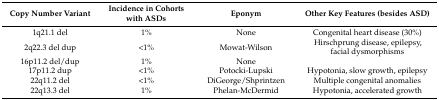
<table><thead><tr><td><b>Copy Number Variant</b></td><td><b>Incidence in Cohorts with ASDs</b></td><td><b>Eponym</b></td><td><b>Other Key Features (besides ASD)</b></td></tr></thead><tbody><tr><td>1q21.1 del</td><td>1%</td><td>None</td><td>Congenital heart disease (30%)</td></tr><tr><td>2q22.3 del dup</td><td>&lt;1%</td><td>Mowat-Wilson</td><td>Hirschprung disease, epilepsy, facial dysmorphisms</td></tr><tr><td>16p11.2 del/dup</td><td>1%</td><td>None</td><td></td></tr><tr><td>17p11.2 dup</td><td>&lt;1%</td><td>Potocki-Lupski</td><td>Hypotonia, slow growth, epilepsy</td></tr><tr><td>22q11.2 del</td><td>&lt;1%</td><td>DiGeorge/Shprintzen</td><td>Multiple congenital anomalies</td></tr><tr><td>22q13.3 del</td><td>1%</td><td>Phelan-McDermid</td><td>Hypotonia, accelerated growth</td></tr></tbody></table>